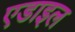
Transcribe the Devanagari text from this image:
एडाइल